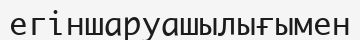
егіншаруашылығымен